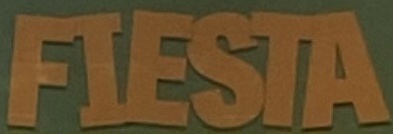
FIESTA